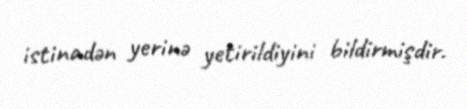
istinadən yerinə yetirildiyini bildirmişdir.